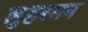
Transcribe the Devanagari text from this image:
लुहरमन